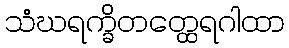
သံဃရက္ခိတတ္ထေရဂါထာ